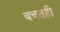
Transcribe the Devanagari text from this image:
बचतही